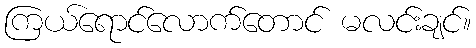
ကြယ်ရောင်လောက်တောင် မလင်းချင်။